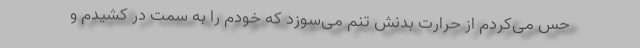
حس می‌کردم از حرارت بدنش تنم می‌سوزد که خودم را به سمت در کشیدم و